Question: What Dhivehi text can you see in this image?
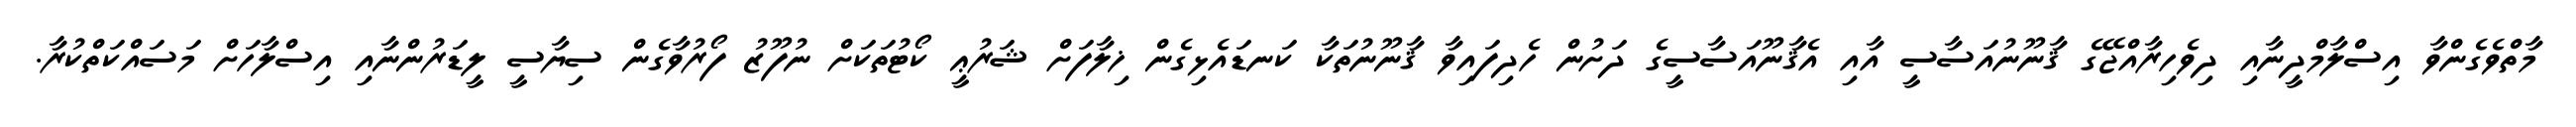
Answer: މާތްވެގެންވާ އިސްލާމްދީނާއި ދިވެހިރާއްޖޭގެ ޤާނޫނުއަސާސީ އާއި އެޤާނޫއަސާސީގެ ދަށުން ހެދިފައިވާ ޤާނޫނުތަކާ ކަނޑައެޅިގެން ޚިލާފަށް ޝަރުޢީ ކޯޓުތަކަށް ނުފޫޒު ފޯރުވާގެން ސިޔާސީ ލީޑަރުންނާއި އިސްލާހަށް މަސައްކަތްކުރާ.